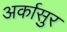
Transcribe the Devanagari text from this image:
अर्कासुर